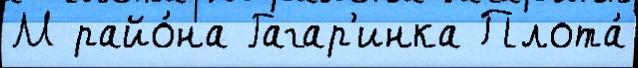
М райо́на Гагар'инка Плота́